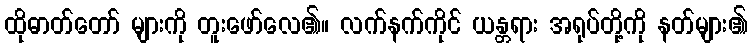
ထိုဓာတ်တော် များကို တူးဖော်လေ၏။ လက်နက်ကိုင် ယန္တရား အရုပ်တို့ကို နတ်များ၏